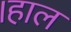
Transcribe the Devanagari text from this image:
।हाल